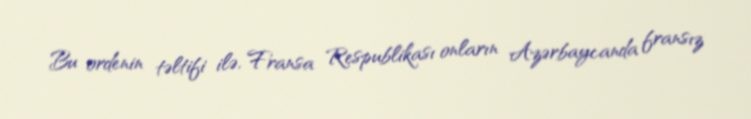
Bu ordenin təltifi ilə, Fransa Respublikası onların Azərbaycanda fransız